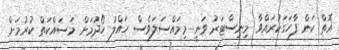
އޮތް ކަން ފާހަގަކުރައްވާ މިނިސްޓަރު ވަނީ މިމައްސަލަވެސް ހައްލު ހޯދުމަށް މަަސައްކަތް ކުރުމަށް